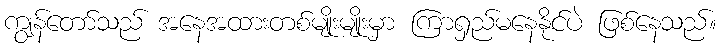
ကျွန်တော်သည် အနေအထားတစ်မျိုးမျိုးမှာ ကြာရှည်မနေနိုင်ပဲ ဖြစ်နေသည်။